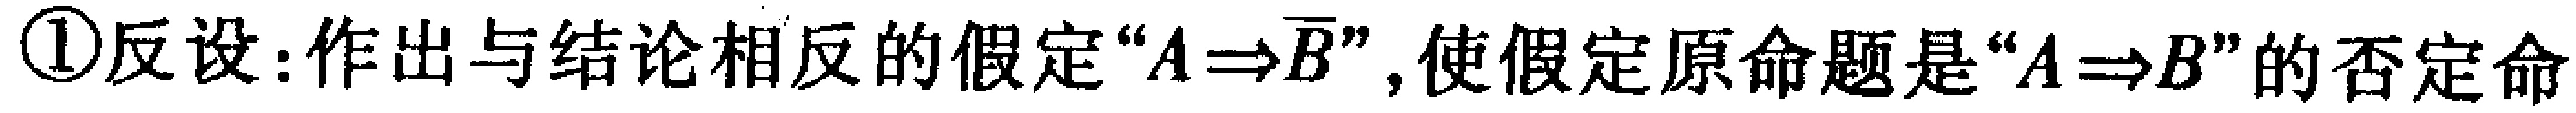
\textcircled{1}反设：作出与结论相反的假定“$A\Rightarrow\overline{B}$”，使假定原命题是“$A\Rightarrow B$”的否定命